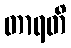
တာရတိ